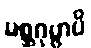
မစ္ဆဂုမ္ဗာပိ